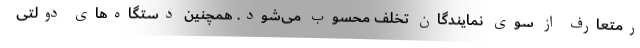
رمتعارف از سوی نمایندگان تخلف محسوب می‌شود. همچنین دستگاه‌های دولتی